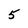
Character: 5